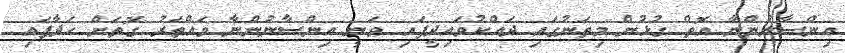
އިންސާނުންނާ އޮތް ގުޅުން މިތަނުގައި ދައްކުވައިދީފައި ވަނީ އިންސާނުންނާ ވައްތަރު ގޮތަށް ހަދާފައި